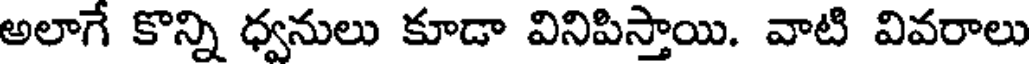
అలాగే కొన్ని ధ్వనులు కూడా వినిపిస్తాయి. వాటి వివరాలు